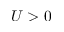
U > 0